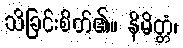
သိခြင်းစိတ်၏။ နိမိတ္တံ၊